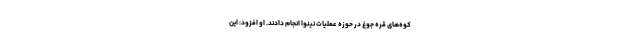
کوه‌های قره جوغ در حوزه عملیات نینوا انجام دادند. او افزود:‌ این